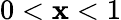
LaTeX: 0<\mathbf{x}<1